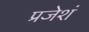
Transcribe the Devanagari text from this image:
प्रजेशं